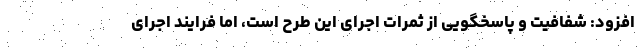
افزود: شفافیت و پاسخگویی از ثمرات اجرای این طرح است، اما فرایند اجرای